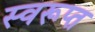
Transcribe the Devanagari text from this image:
स्वरूप्त